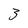
Character: 3